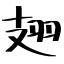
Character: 翅